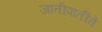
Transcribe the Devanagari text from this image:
जातीपातींचे